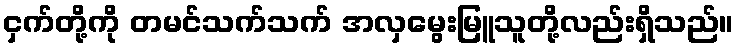
ငှက်တို့ကို တမင်သက်သက် အလှမွေးမြူသူတို့လည်းရှိသည်။